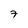
Character: 7